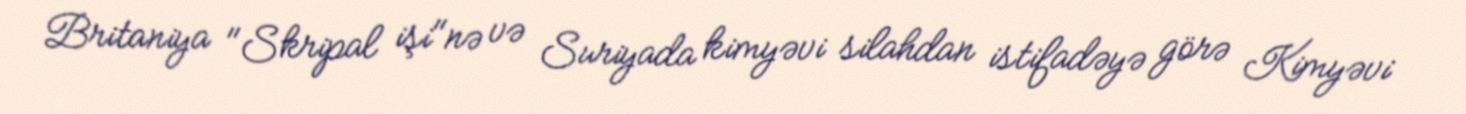
Britaniya "Skripal işi"nə və Suriyada kimyəvi silahdan istifadəyə görə Kimyəvi